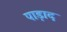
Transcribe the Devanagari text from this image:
पाड़ाद